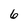
Character: 6